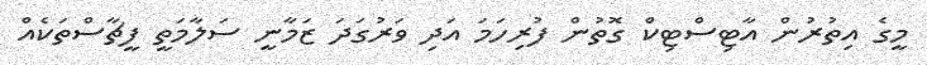
މީގެ އިތުރުން އާޓިސްޓިކް ގޮތުން ފުރިހަމަ އަދި ވަރުގަދަ ޒަމާނީ ސަލާމަތީ ފީޗާސްތަކެއް